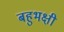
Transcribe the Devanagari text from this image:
बहुभक्षी